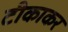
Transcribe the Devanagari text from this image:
टीकाकर